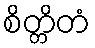
စိတ္တိတံ